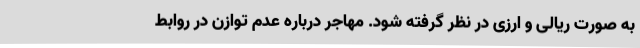
به صورت ریالی و ارزی در نظر گرفته شود. مهاجر درباره عدم توازن در روابط